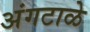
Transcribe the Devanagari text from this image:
अंगटाळे